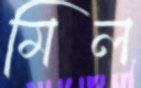
মিল